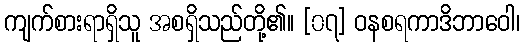
ကျက်စားရာရှိသူ အစရှိသည်တို့၏။ [၀၇] ဝနစရကာဒိဘာဝေါ၊